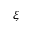
\xi